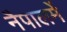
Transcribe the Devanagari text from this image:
नैपालमें